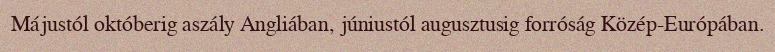
Májustól októberig aszály Angliában, júniustól augusztusig forróság Közép-Európában.